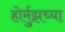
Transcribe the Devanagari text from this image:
होर्मुझच्या